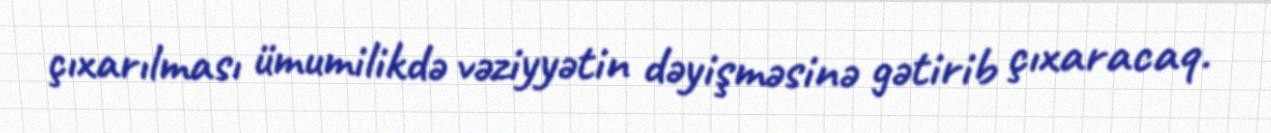
çıxarılması ümumilikdə vəziyyətin dəyişməsinə gətirib çıxaracaq.